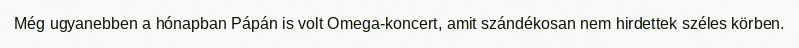
Még ugyanebben a hónapban Pápán is volt Omega-koncert, amit szándékosan nem hirdettek széles körben.